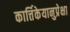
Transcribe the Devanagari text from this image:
कार्त्तिकेयानुप्रेक्षा